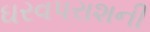
ઘરવપરાશની